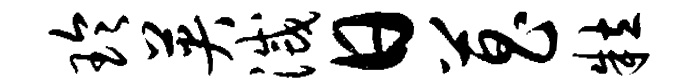
玲英灭日菖粒